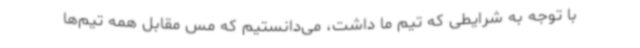
با توجه به شرایطی که تیم ما داشت، می‌دانستیم که مس مقابل همه تیم‌ها